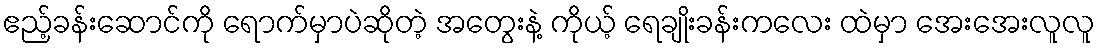
ဧည့်ခန်းဆောင်ကို ရောက်မှာပဲဆိုတဲ့ အတွေးနဲ့ ကိုယ့် ရေချိုးခန်းကလေး ထဲမှာ အေးအေးလူလူ